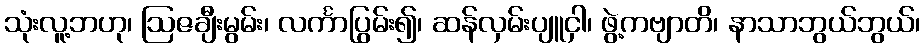
သုံးလူ့ဘဟု၊ ဩဇချီးမွမ်း၊ လင်္ကာပြွမ်း၍၊ ဆန်လှမ်းပျူငှါ၊ ဖွဲ့ကဗျာတိ၊ နာသာဘွယ်ဘွယ်၊